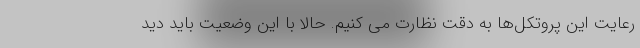
رعایت این پروتکل‌ها به دقت نظارت می کنیم. حالا با این وضعیت باید دید